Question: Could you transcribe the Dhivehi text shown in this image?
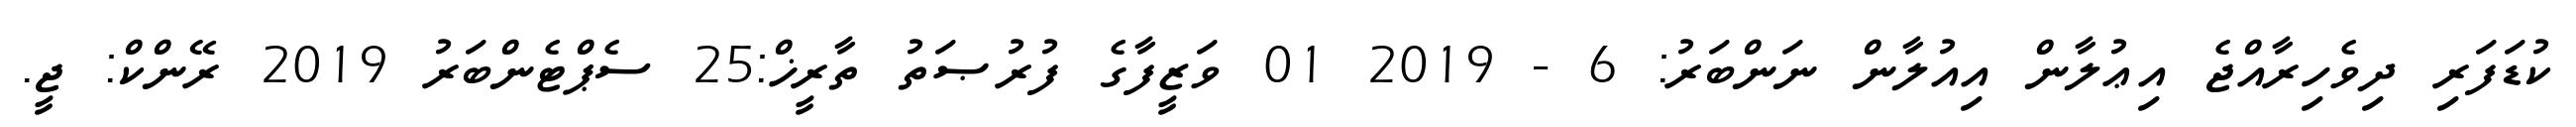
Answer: ކުޑަފަރި ދިވެހިރާއްޖެ އިޢުލާން އިއުލާން ނަންބަރު: 6 - 2019 01 ވަޒީފާގެ ފުރުޞަތު ތާރީޚް:25 ސެޕްޓެންބަރު 2019 ރޭންކް: ޖީ.